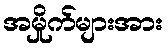
အမှိုက်များအား